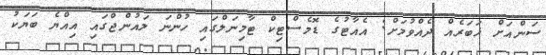
ސަންއަށް ޚަބަރެއް ދެއްވުމަށް: އެއާޓުގެ ޑޮމެސްޓިކް ޓާމިނަލްގައި ހުންނަ ލައުންޖްގައި އިއްޔެ ބަޔަކު